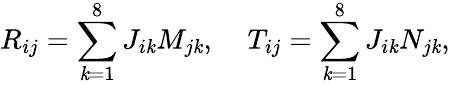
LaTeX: R_{ij}=\sum_{\mathit{k}=1}^{8}J_{i\mathit{k}}M_{j\mathit{k}},\; \; \; \; T_{ij}=\sum_{\mathit{k}=1}^{8}J_{i\mathit{k}}N_{j\mathit{k}},